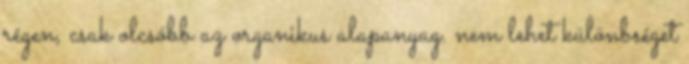
régen, csak olcsóbb az organikus alapanyag. nem lehet különbséget